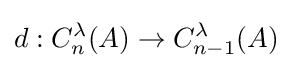
d:C_{n}^{\lambda }(A)\to C_{n-1}^{\lambda }(A)